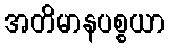
အတိမာနပစ္စယာ